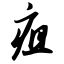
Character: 疽